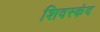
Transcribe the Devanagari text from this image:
शिवस्कंद